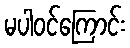
မပါဝင်ကြောင်း